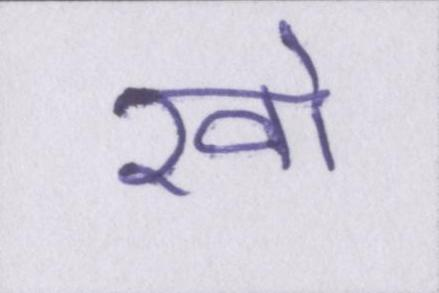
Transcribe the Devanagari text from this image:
खो